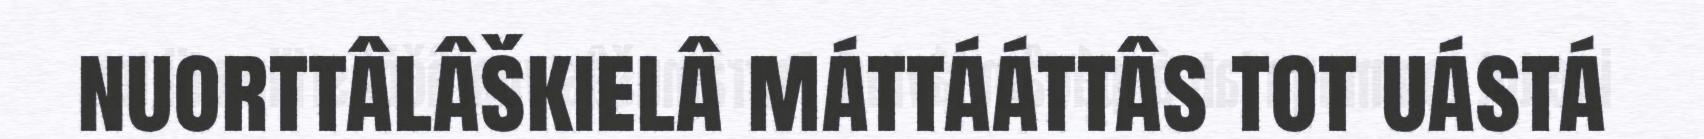
nuorttâlâškielâ máttááttâs tot uástá